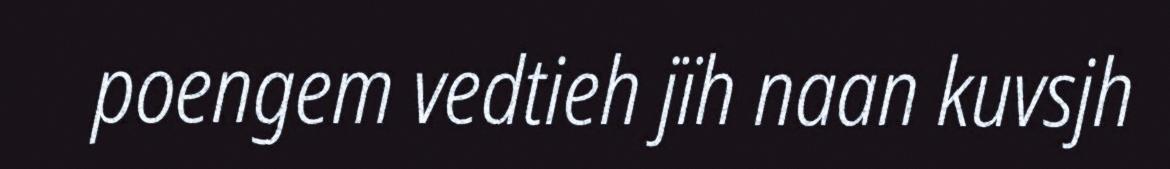
poengem vedtieh jïh naan kuvsjh